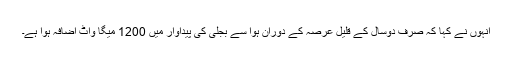
انہوں نے کہا کہ صرف دوسال کے قلیل عرصہ کے دوران ہوا سے بجلی کی پیداوار میں 1200 میگا واٹ اضافہ ہوا ہے۔